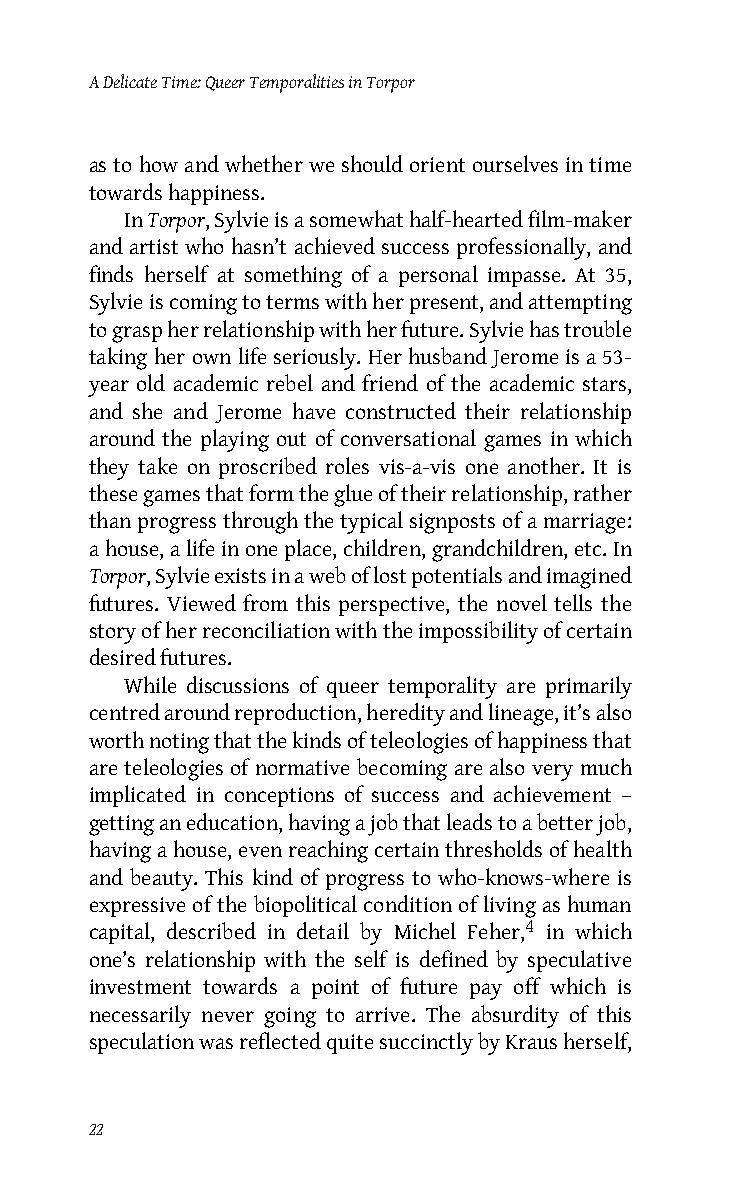
A Delicate Time: Queer Temporalities in Torpor
 as to how and whether we should orient ourselves in time
 towards happiness.
 In Torpor, Sylvie is a somewhat half-hearted film-maker
 and artist who hasn’t achieved success professionally, and
 finds herself at something of a personal impasse. At 35,
 Sylvie is coming to terms with her present, and attempting
 to grasp her relationship with her future. Sylvie has trouble
 taking her own life seriously. Her husband Jerome is a 53-
 year old academic rebel and friend of the academic stars,
 and she and Jerome have constructed their relationship
 around the playing out of conversational games in which
 they take on proscribed roles vis-a-vis one another. It is
 these games that form the glue of their relationship, rather
 than progress through the typical signposts of a marriage:
 a house, a life in one place, children, grandchildren, etc. In
 Torpor, Sylvie exists in a web of lost potentials and imagined
 futures. Viewed from this perspective, the novel tells the
 story of her reconciliation with the impossibility of certain
 desired futures.
 While discussions of queer temporality are primarily
 centred around reproduction, heredity and lineage, it’s also
 worth noting that the kinds of teleologies of happiness that
 are teleologies of normative becoming are also very much
 implicated in conceptions of success and achievement –
 getting an education, having a job that leads to a better job,
 having a house, even reaching certain thresholds of health
 and beauty. This kind of progress to who-knows-where is
 expressive of the biopolitical condition of living as human
 capital, described in detail by Michel Feher,4 in which
 one’s relationship with the self is defined by speculative
 investment towards a point of future pay off which is
 necessarily never going to arrive. The absurdity of this
 speculation was reflected quite succinctly by Kraus herself,
 22